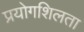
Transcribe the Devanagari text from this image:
प्रयोगशिलता